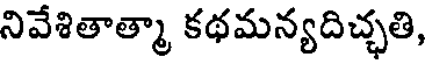
నివేశితాత్మా కథమన్యదిచ్ఛతి,